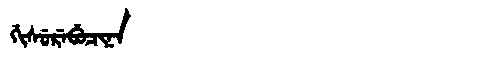
Manchu: ᡤᡳᠰᡠᡵᡝᠪᡠᠴᡳᠨᠠ
Romanization: GISUREBUCINA